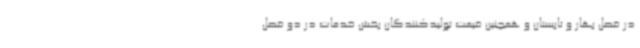
در فصل بهار و تابستان و همچنین قیمت تولیدکنندگان بخش خدمات در دو فصل